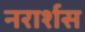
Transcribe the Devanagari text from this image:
नरार्शस